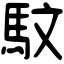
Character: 馼